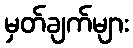
မှတ်ချက်များ